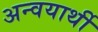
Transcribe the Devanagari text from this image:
अन्वयार्थी